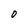
Character: 0